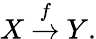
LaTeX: X~{\stackrel{f}{\to}}~Y.